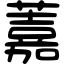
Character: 䕒